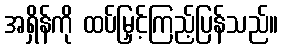
အရှိန်ကို ထပ်မြှင့်ကြည့်ပြန်သည်။